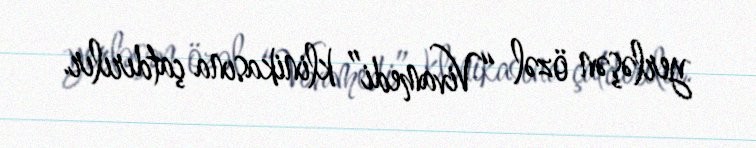
yerləşən özəl “Vivamedi” klinikasına çatdırılır.